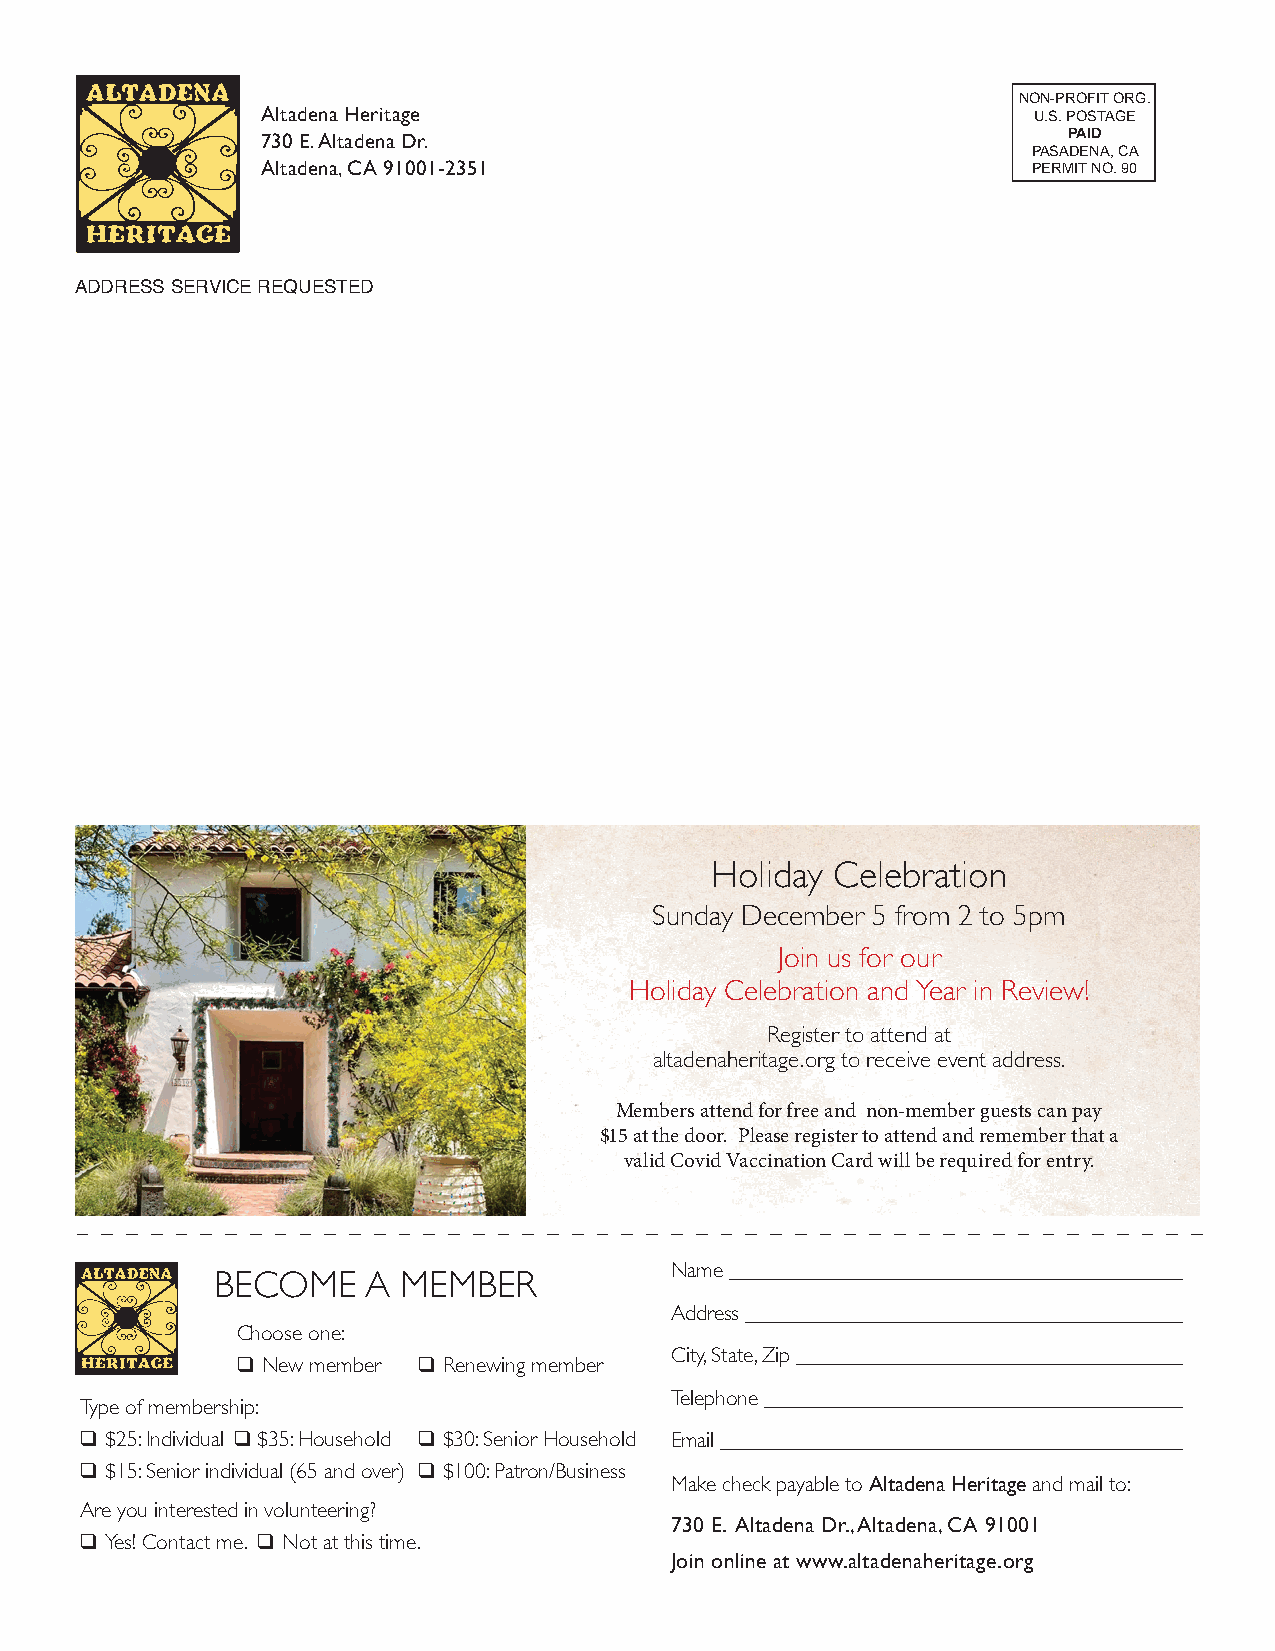
NON-PROFIT ORG.
 Altadena Heritage                                  U.S. POSTAGE
 730 E. Altadena Dr.                                   PAID
 PASADENA, CA
 Altadena, CA 91001-2351                            PERMIT NO. 90
 ADDRESS SERVICE REQUESTED
 Holiday Celebration
 Sunday December 5 from 2 to 5pm
 Join us for our
 Holiday Celebration and Year in Review!
 Register to attend at
 altadenaheritage.org to receive event address.
 Members attend for free and non-member guests can pay
 $15 at the door. Please register to attend and remember that a
 valid Covid Vaccination Card will be required for entry.
 Name _____________________________________________
 BECOME    A MEMBER
 Address ___________________________________________
 Choose one:
 q New member q Renewing member City, State, Zip _______________________________________
 Telephone __________________________________________
 Type of membership:
 q $25: Individual q $35: Household q $30: Senior Household Email ____________________________________________
 q $15: Senior individual (65 and over) q $100: Patron/Business
 Make check payable to Altadena Heritage and mail to:
 Are you interested in volunteering?
 730 E. Altadena Dr., Altadena, CA 91001
 q Yes! Contact me. q Not at this time.
 Join online at www.altadenaheritage.org